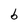
Character: b